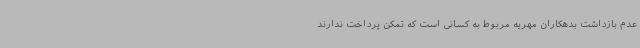
عدم بازداشت بدهکاران مهریه مربوط به کسانی است که تمکن پرداخت ندارند